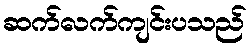
ဆက်လက်ကျင်းပသည်